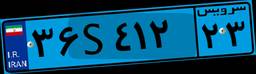
۹۰S۴۸۰۱۱